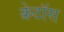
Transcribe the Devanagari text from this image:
क्रेटॉस